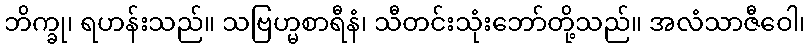
ဘိက္ခု၊ ရဟန်းသည်။ သဗြဟ္မစာရီနံ၊ သီတင်းသုံးဘော်တို့သည်။ အလံသာဇီဝေါ၊